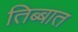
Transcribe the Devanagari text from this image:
तिब्बात